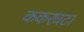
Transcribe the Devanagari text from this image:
ककरघटा